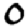
Digit: 0